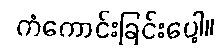
ကံကောင်းခြင်းပေါ့။